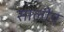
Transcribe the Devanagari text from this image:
सालीय